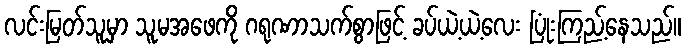
လင်းမြတ်သူမှာ သူမအဖေကို ဂရုဏာသက်စွာဖြင့် ခပ်ယဲ့ယဲ့လေး ပြုံးကြည့်နေသည်။